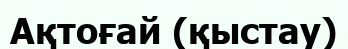
Ақтоғай (қыстау)